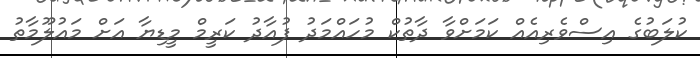
ކުލަބުގެ އިސްވެރިއެއް ކަމަށްވާ ދާތުކް މުހައްމަދު ފުއާދު ކަރީމް މީޑިޔާ އަށް މައުލޫމާތު